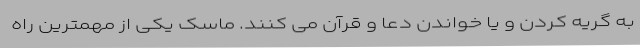
به گریه کردن و یا خواندن دعا و قرآن می کنند. ماسک یکی از مهمترین راه